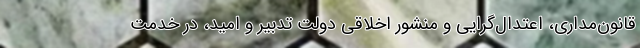
قانون‌مداری، اعتدال‌گرایی و منشور اخلاقی دولت تدبیر و امید، در خدمت